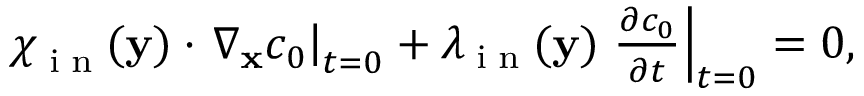
\begin{array} { r } { \boldsymbol \chi _ { \tiny \mathrm { ~ i ~ n ~ } } ( \mathbf y ) \cdot \left. \nabla _ { \mathbf x } c _ { 0 } \right| _ { t = 0 } + \lambda _ { \tiny \mathrm { ~ i ~ n ~ } } ( \mathbf y ) \left. \frac { \partial c _ { 0 } } { \partial t } \right| _ { t = 0 } = 0 , } \end{array}